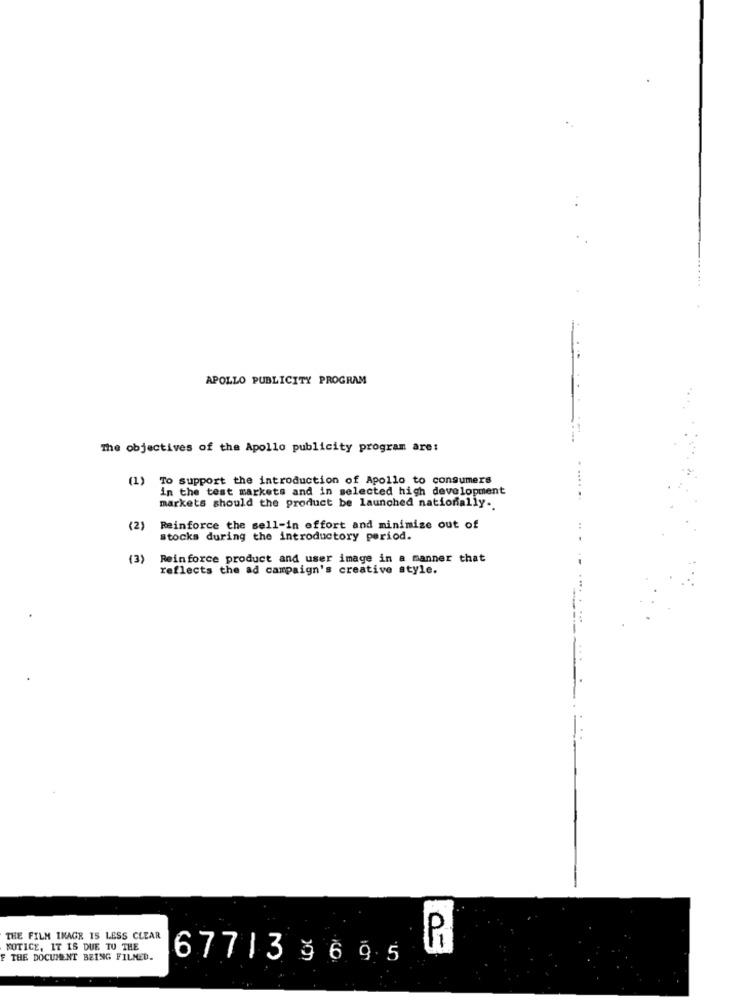
APOLLO PUBLICITY PROGRAM
The objectives of the Apollo publicity program are:
(1)
To support the introduction of Apollo to consumers
in the test markets and in selected high development
markets should the product be launched nationally.
(2)
Reinforce the sell-in effort and minimize out of
stocks during the introductory period.
(3)
Reinforce product and user image in a manner that
reflects the ad campaign's creative style.
THE FILM IMAGE IS LESS CLEAR
Pi
NOTICE, IT IS DUE TO THE
THE DOCUMENT BEING FILMED.
677133695